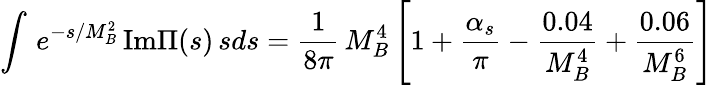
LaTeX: \int\, e^{-s/M_{B}^{2}}\, \mathrm{Im}\Pi(s)\, sds=\frac{1}{8\pi}\, M_{B}^{4}\left[1+\frac{\alpha_{s}}{\pi}-\frac{0.04}{M_{B}^{4}}+\frac{0.06}{M_{B}^{6}}\right]